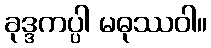
ခုဒ္ဒကပ္ပါ မဓုဿဝါ။